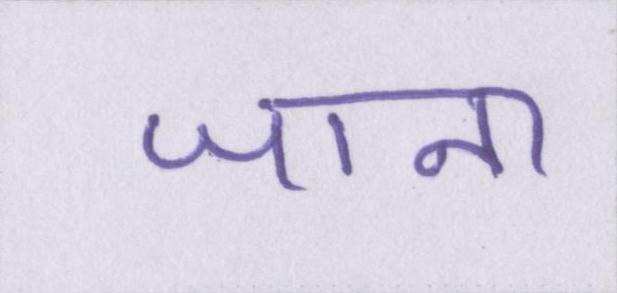
जाना